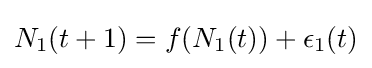
N_{1}(t+1)=f(N_{1}(t))+\epsilon _{1}(t)